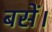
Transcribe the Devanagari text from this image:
बसें।